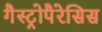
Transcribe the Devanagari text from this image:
गैस्ट्रोपैरेसिस